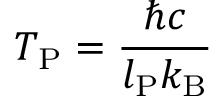
T _ { \mathrm { P } } = { \frac { \hbar c } { l _ { \mathrm { P } } k _ { \mathrm { B } } } }